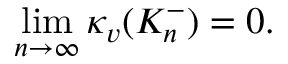
\operatorname* { l i m } _ { n \to \infty } \kappa _ { v } ( K _ { n } ^ { - } ) = 0 .